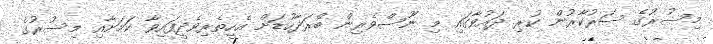
މިސުރުގެ ސަރުކާރުން ކުރި ދައުވާގައި މި ނޫސްވެރިން ބްރަދާހުޑަށް އެހީތެރިވެދީފައިވާ ކަމަށާއި މިސުރުގެ